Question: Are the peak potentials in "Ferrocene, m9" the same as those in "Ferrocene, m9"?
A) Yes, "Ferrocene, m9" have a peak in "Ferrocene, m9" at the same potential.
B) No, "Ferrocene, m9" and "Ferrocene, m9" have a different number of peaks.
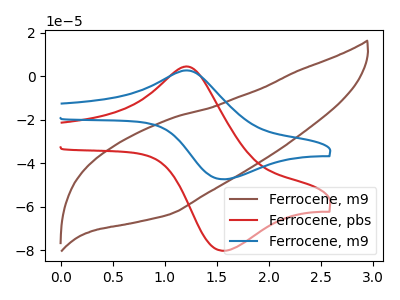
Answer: <think>The brown curve "Ferrocene, m9" has no peaks. The red curve "Ferrocene, pbs" has an anodic peak at (1.25V, 4.15uA) and a cathodic peak at (1.55V, -80.35uA). The blue curve "Ferrocene, m9" has an anodic peak at (1.25V, 2.45uA) and a cathodic peak at (1.55V, -47.45uA).</think>
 <answer>B) No, "Ferrocene, m9" and "Ferrocene, m9" have a different number of peaks.</answer>
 <eval>B</eval>